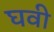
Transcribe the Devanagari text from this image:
घवी